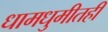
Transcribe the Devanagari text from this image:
धामधुमीतही